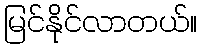
မြင်နိုင်လာတယ်။